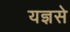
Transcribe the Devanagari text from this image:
यज्ञसे